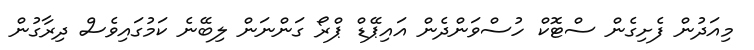
މިއަދުން ފެށިގެން ސްޓޮކް ހުސްވަންދެން އައިޕޭޑް ޕްރޯ ގަންނަން ލިބޭނެ ކަމުގައިވެސް ދިރާގުން